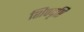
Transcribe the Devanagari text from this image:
शिवदृष्टि